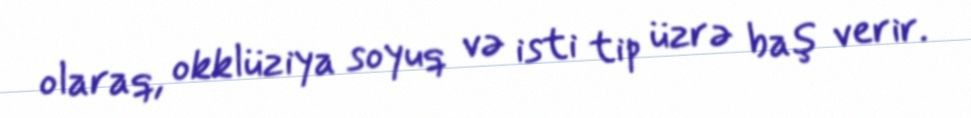
olaraq, okklüziya soyuq və isti tip üzrə baş verir.